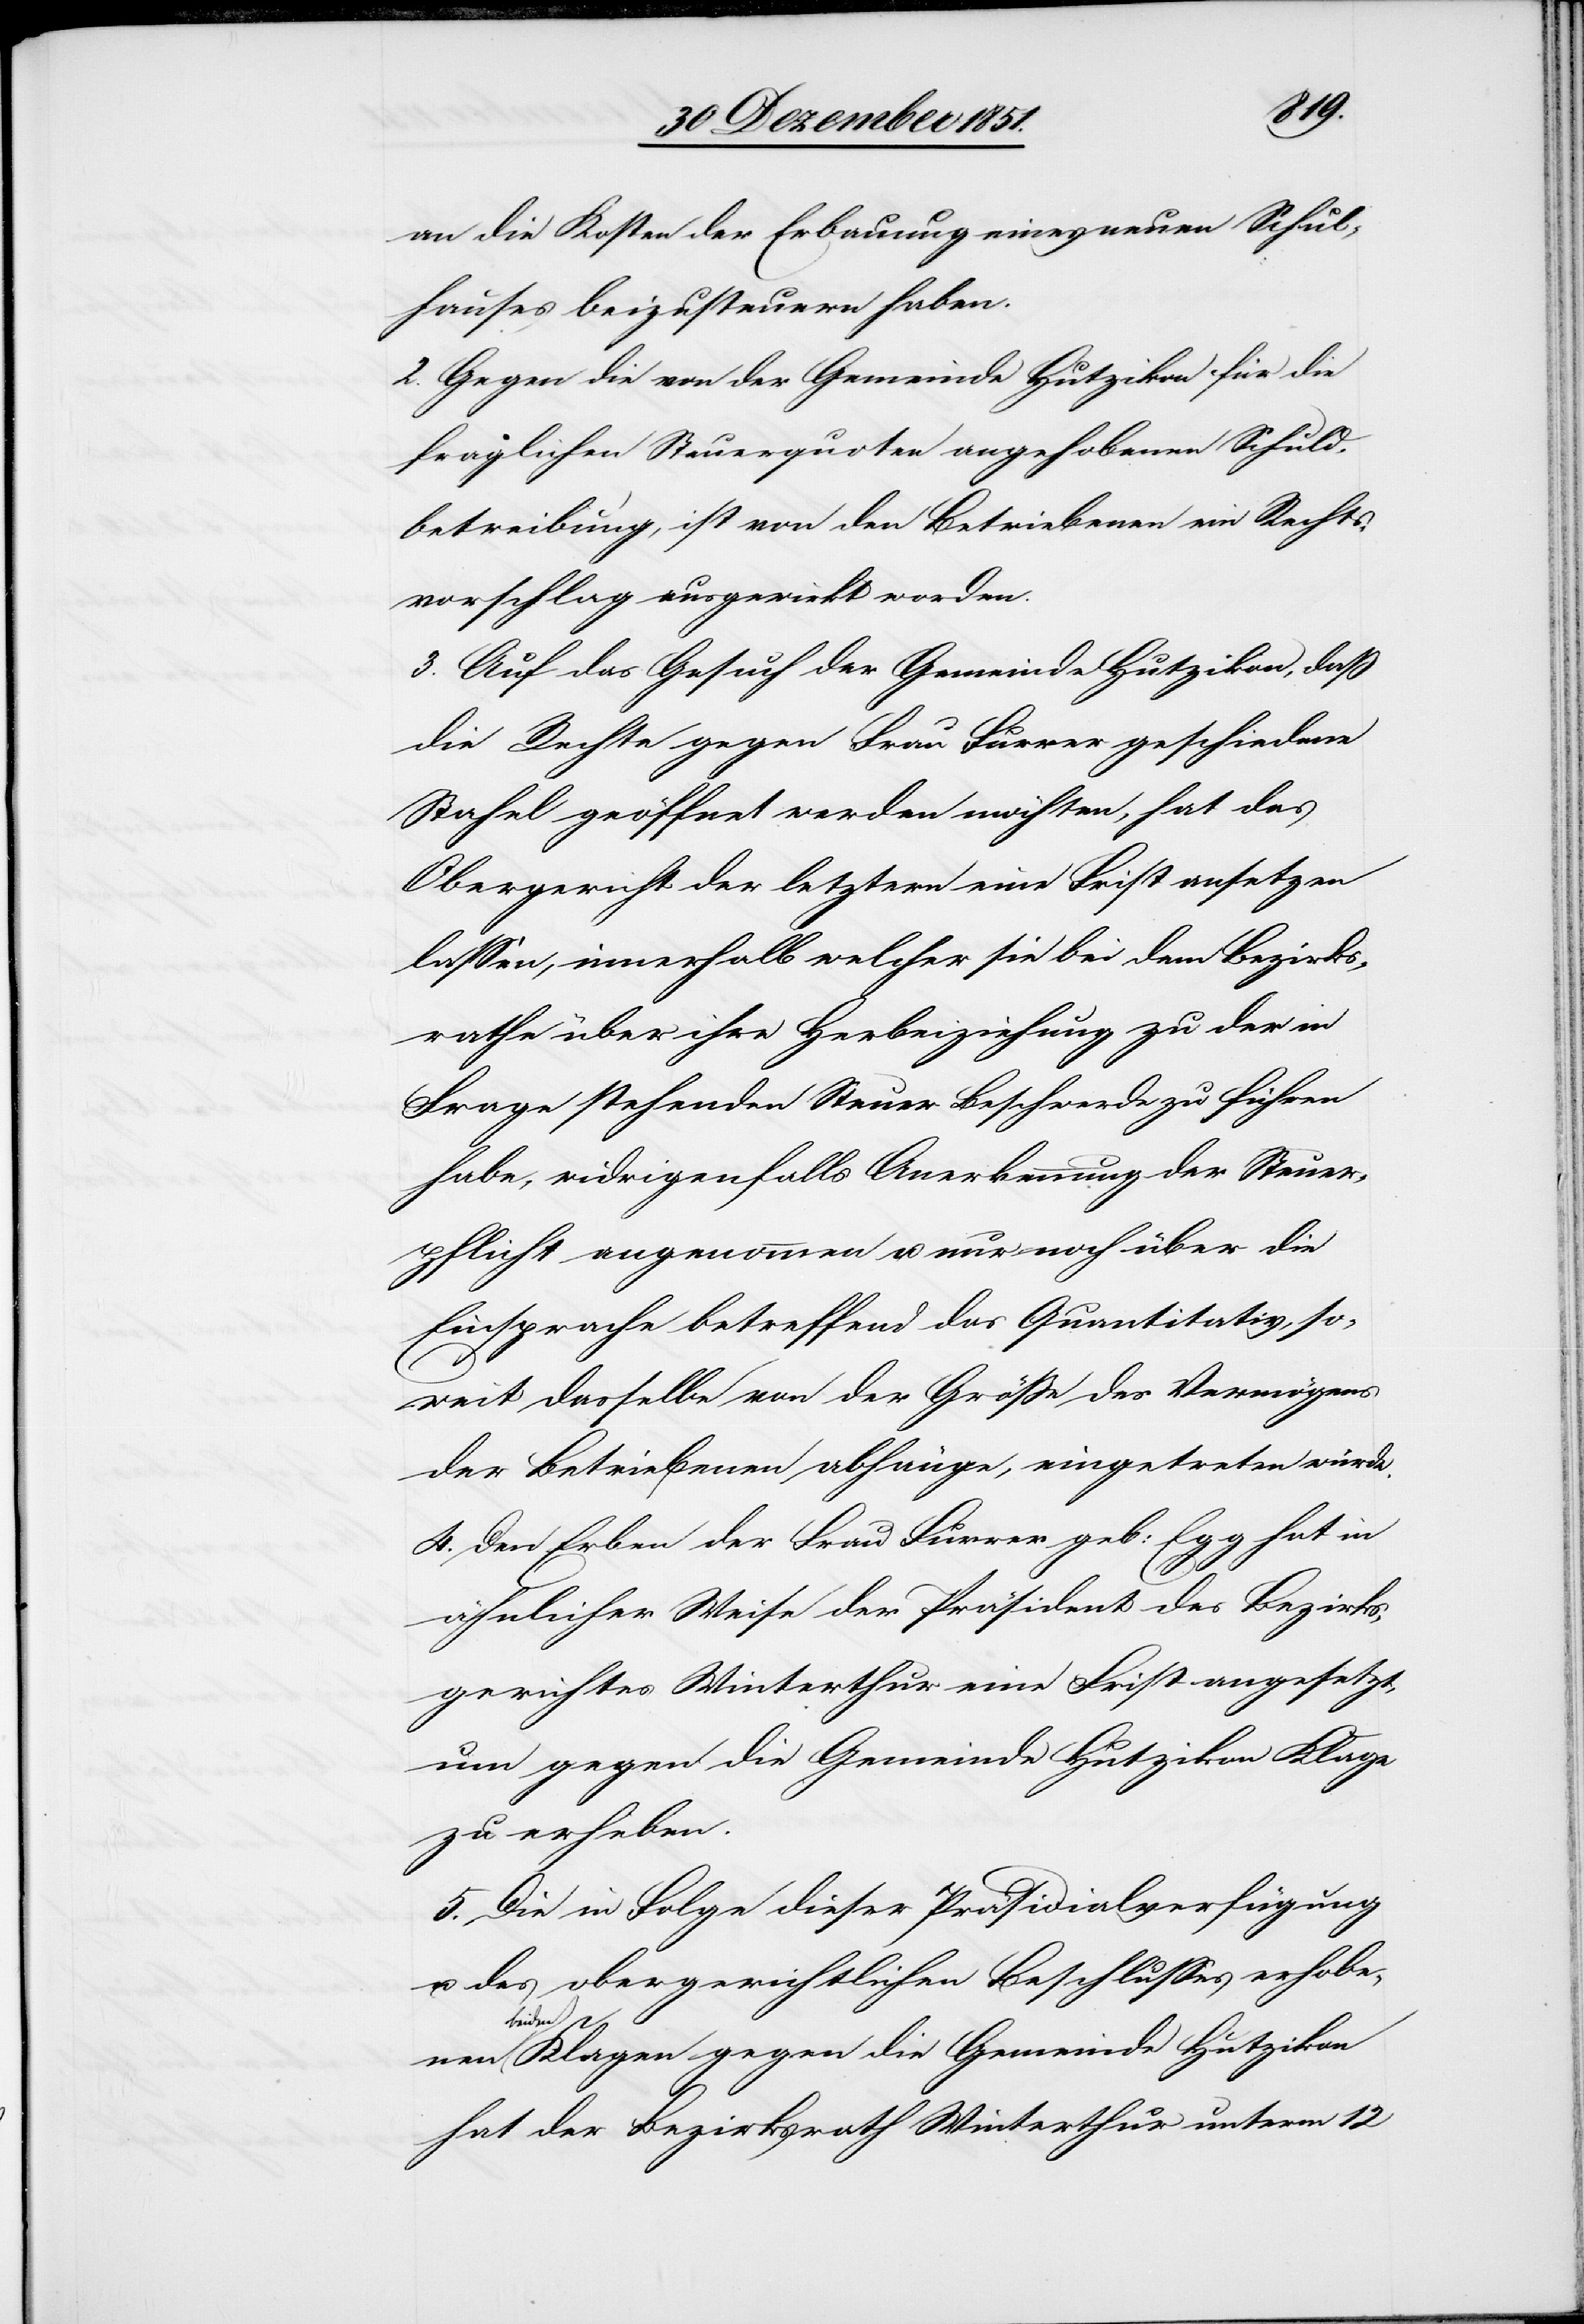
an die Kosten der Erbauung eines neuen Schul¬
hauses beizusteuern haben.
2. Gegen die von der Gemeinde Hutzikon für die
fraglichen Steuerquoten angehobenen Schuld¬
betreibung, ist von den Betriebenen ein Rechts¬
vorschlag ausgewirkt worden.
3. Auf das Gesuch der Gemeinde Hutzikon, daß
die Rechte gegen Frau Furrer geschiedene
Stahel geöffnet werden möchten, hat das
Obergericht der letztern eine Frist ansetzen
lassen, innerhalb welcher sie bei dem Bezirks¬
rathe über ihre Herbeiziehung zu der in
Frage stehenden Steuer Beschwerde zu führen
habe, widrigenfalls Anerkennung der Steuer¬
pflicht angenommen u. nur noch über die
Einsprache betreffend das Quantitativ, so¬
weit dasselbe von der Größe des Vermögens
der Betriebenen abhänge, eingetreten würde.
4. Den Erben der Frau Furrer geb: Egg hat in
ähnlicher Weise der Präsident des Bezirks¬
gerichtes Winterthur eine Frist angesetzt,
um gegen die Gemeinde Hutzikon Klage
zu erheben.
5. Die in Folge dieser Präsidialverfügung
u. des obergerichtlichen Beschlusses erhobe¬
nen bei¬
den Klagen gegen die Gemeinde Hutzikon
hat der Bezirksrath Winterthur unterm 12